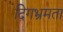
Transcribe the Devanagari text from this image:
दिगभ्रमता